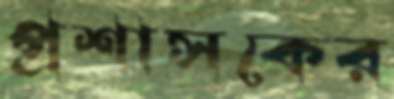
প্রশাসকের